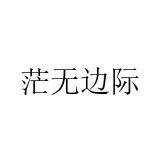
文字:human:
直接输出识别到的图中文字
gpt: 茫无边际